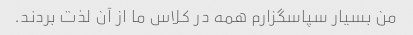
من بسیار سپاسگزارم همه در کلاس ما از آن لذت بردند.